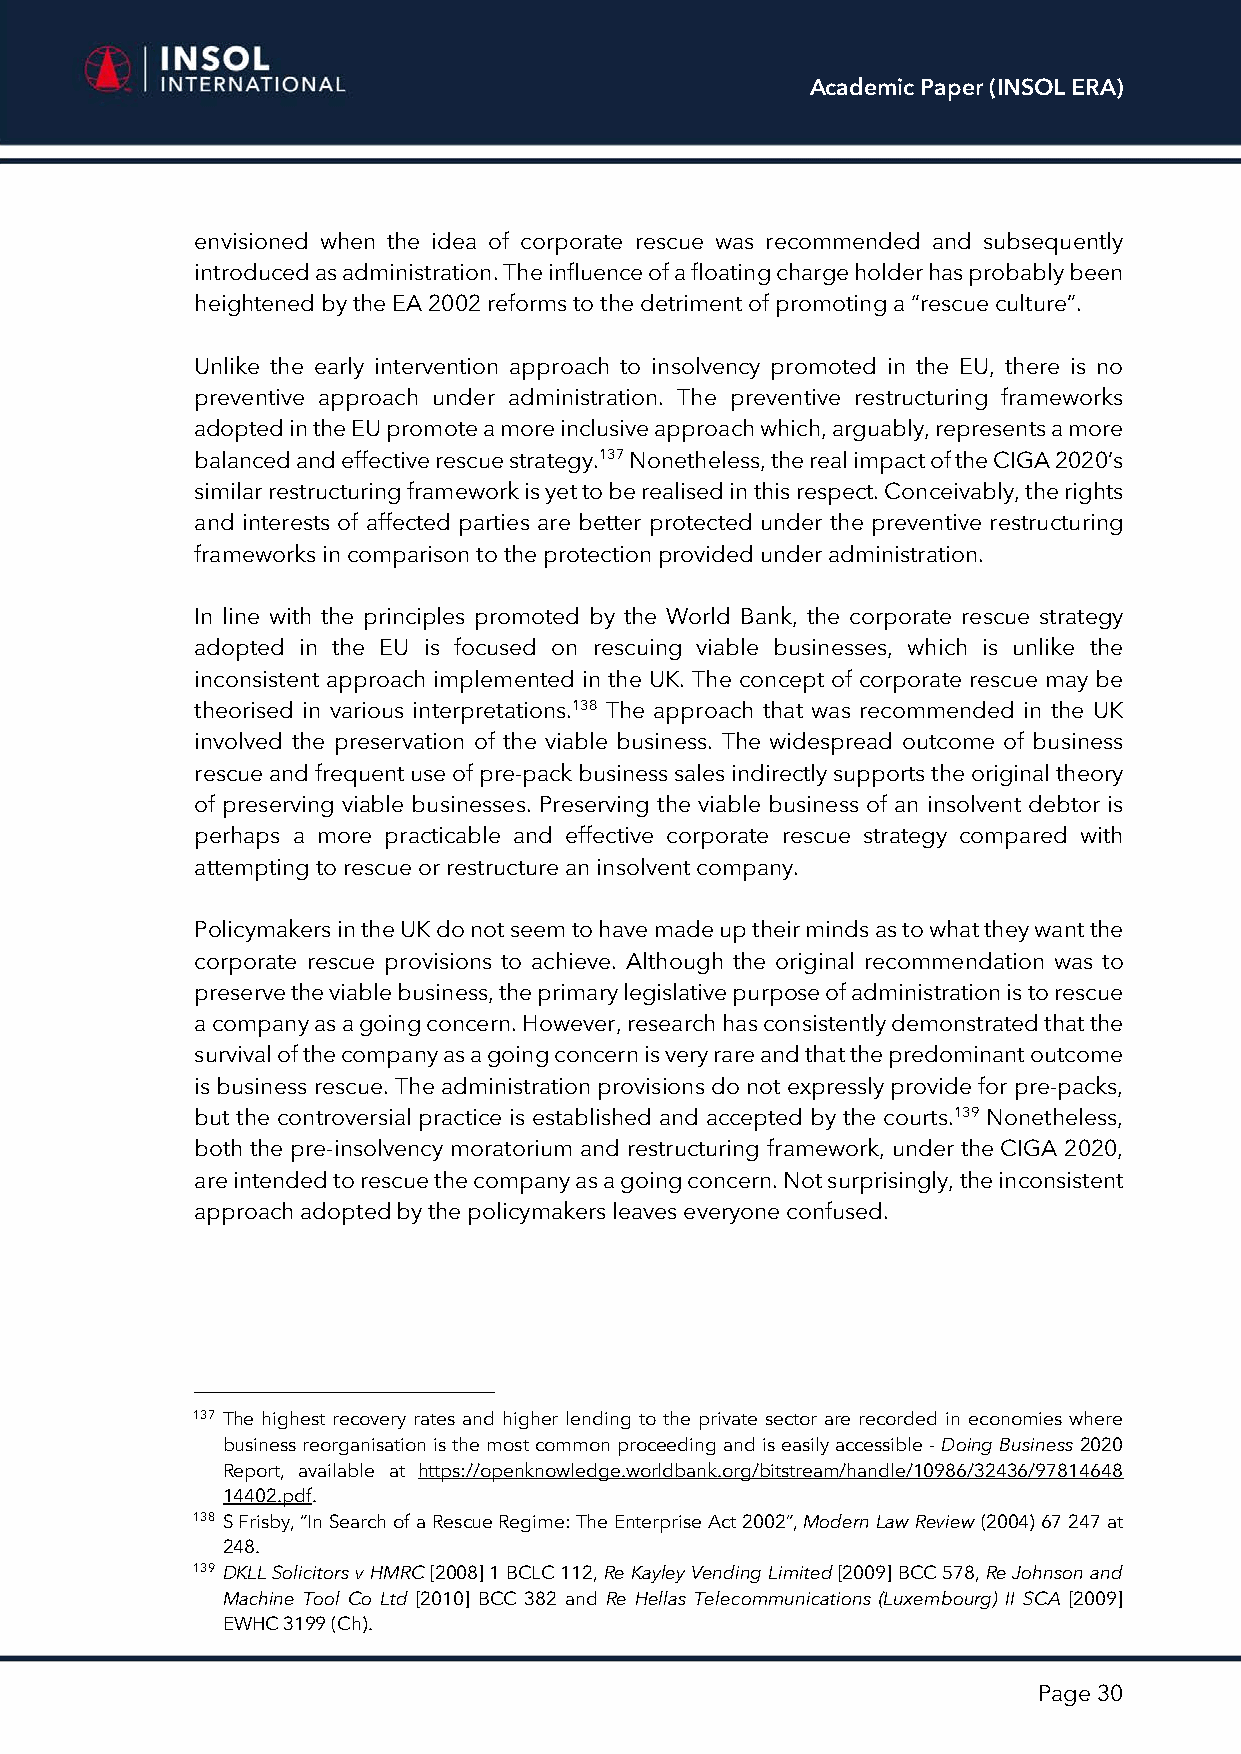
Academic Paper (INSOL ERA)
 envisioned when the idea of corporate rescue was recommended and subsequently
 introduced as administration. The influence of a floating charge holder has probably been
 heightened by the EA 2002 reforms to the detriment of promoting a “rescue culture”.
 Unlike the early intervention approach to insolvency promoted in the EU, there is no
 preventive approach under administration. The preventive restructuring frameworks
 adopted in the EU promote a more inclusive approach which, arguably, represents a more
 balanced and effective rescue strategy.137 Nonetheless, the real impact of the CIGA 2020’s
 similar restructuring framework is yet to be realised in this respect. Conceivably, the rights
 and interests of affected parties are better protected under the preventive restructuring
 frameworks in comparison to the protection provided under administration.
 In line with the principles promoted by the World Bank, the corporate rescue strategy
 adopted in the EU is focused on rescuing viable businesses, which is unlike the
 inconsistent approach implemented in the UK. The concept of corporate rescue may be
 theorised in various interpretations.138 The approach that was recommended in the UK
 involved the preservation of the viable business. The widespread outcome of business
 rescue and frequent use of pre-pack business sales indirectly supports the original theory
 of preserving viable businesses. Preserving the viable business of an insolvent debtor is
 perhaps a more practicable and effective corporate rescue strategy compared with
 attempting to rescue or restructure an insolvent company.
 Policymakers in the UK do not seem to have made up their minds as to what they want the
 corporate rescue provisions to achieve. Although the original recommendation was to
 preserve the viable business, the primary legislative purpose of administration is to rescue
 a company as a going concern. However, research has consistently demonstrated that the
 survival of the company as a going concern is very rare and that the predominant outcome
 is business rescue. The administration provisions do not expressly provide for pre-packs,
 but the controversial practice is established and accepted by the courts.139 Nonetheless,
 both the pre-insolvency moratorium and restructuring framework, under the CIGA 2020,
 are intended to rescue the company as a going concern. Not surprisingly, the inconsistent
 approach adopted by the policymakers leaves everyone confused.
 137 The highest recovery rates and higher lending to the private sector are recorded in economies where
 business reorganisation is the most common proceeding and is easily accessible - Doing Business 2020
 Report, available at https://openknowledge.worldbank.org/bitstream/handle/10986/32436/97814648
 14402.pdf.
 138 S Frisby, “In Search of a Rescue Regime: The Enterprise Act 2002”, Modern Law Review (2004) 67 247 at
 248.
 139 DKLL Solicitors v HMRC [2008] 1 BCLC 112, Re Kayley Vending Limited [2009] BCC 578, Re Johnson and
 Machine Tool Co Ltd [2010] BCC 382 and Re Hellas Telecommunications (Luxembourg) II SCA [2009]
 EWHC 3199 (Ch).
 Page 30